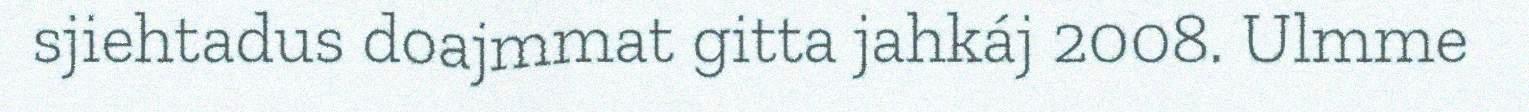
sjiehtadus doajmmat gitta jahkáj 2008. Ulmme